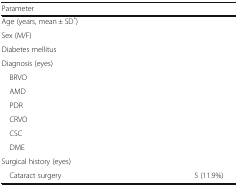
<table><thead><tr><td><b>Parameter</b></td><td>[EMPTY_CELL]</td></tr></thead><tbody><tr><td>Age (years, mean ± SD<sup>*</sup>)</td><td>[EMPTY_CELL]</td></tr><tr><td>Sex (M/F)</td><td>[EMPTY_CELL]</td></tr><tr><td>Diabetes mellitus</td><td>[EMPTY_CELL]</td></tr><tr><td colspan="2">Diagnosis (eyes)</td></tr><tr><td> BRVO</td><td>[EMPTY_CELL]</td></tr><tr><td> AMD</td><td>[EMPTY_CELL]</td></tr><tr><td> PDR</td><td>[EMPTY_CELL]</td></tr><tr><td> CRVO</td><td>[EMPTY_CELL]</td></tr><tr><td> CSC</td><td>[EMPTY_CELL]</td></tr><tr><td> DME</td><td>[EMPTY_CELL]</td></tr><tr><td colspan="2">Surgical history (eyes)</td></tr><tr><td> Cataract surgery</td><td>5 (11.9%)</td></tr></tbody></table>